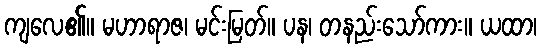
ကျလေ၏။ မဟာရာဇ၊ မင်းမြတ်။ ပန၊ တနည်းသော်ကား။ ယထာ၊